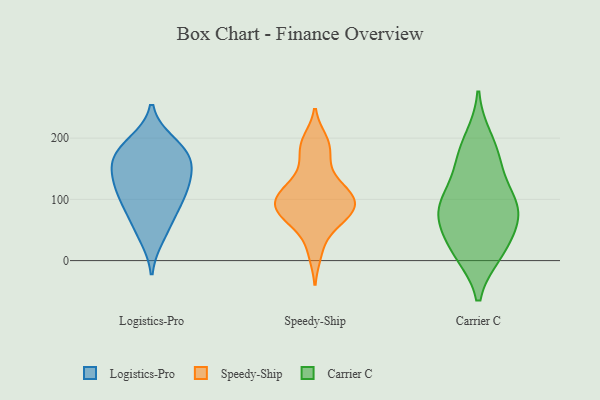
{"axis": {"x": "Churn Rate (%)", "y": "Value"}, "legend": ["Carrier C", "Logistics-Pro", "Speedy-Ship"], "data": [{"x": "", "y": 91, "type": "Logistics-Pro"}, {"x": "", "y": 176, "type": "Logistics-Pro"}, {"x": "", "y": 182, "type": "Logistics-Pro"}, {"x": "", "y": 119, "type": "Logistics-Pro"}, {"x": "", "y": 149, "type": "Logistics-Pro"}, {"x": "", "y": 163, "type": "Logistics-Pro"}, {"x": "", "y": 40, "type": "Logistics-Pro"}, {"x": "", "y": 192, "type": "Logistics-Pro"}, {"x": "", "y": 119, "type": "Logistics-Pro"}, {"x": "", "y": 102, "type": "Logistics-Pro"}, {"x": "", "y": 149, "type": "Logistics-Pro"}, {"x": "", "y": 63, "type": "Logistics-Pro"}, {"x": "", "y": 78, "type": "Speedy-Ship"}, {"x": "", "y": 108, "type": "Speedy-Ship"}, {"x": "", "y": 197, "type": "Speedy-Ship"}, {"x": "", "y": 11, "type": "Speedy-Ship"}, {"x": "", "y": 83, "type": "Speedy-Ship"}, {"x": "", "y": 77, "type": "Speedy-Ship"}, {"x": "", "y": 147, "type": "Speedy-Ship"}, {"x": "", "y": 88, "type": "Speedy-Ship"}, {"x": "", "y": 67, "type": "Speedy-Ship"}, {"x": "", "y": 50, "type": "Speedy-Ship"}, {"x": "", "y": 172, "type": "Speedy-Ship"}, {"x": "", "y": 97, "type": "Speedy-Ship"}, {"x": "", "y": 112, "type": "Speedy-Ship"}, {"x": "", "y": 109, "type": "Speedy-Ship"}, {"x": "", "y": 191, "type": "Speedy-Ship"}, {"x": "", "y": 120, "type": "Speedy-Ship"}, {"x": "", "y": 88, "type": "Carrier C"}, {"x": "", "y": 13, "type": "Carrier C"}, {"x": "", "y": 164, "type": "Carrier C"}, {"x": "", "y": 69, "type": "Carrier C"}, {"x": "", "y": 163, "type": "Carrier C"}, {"x": "", "y": 71, "type": "Carrier C"}, {"x": "", "y": 112, "type": "Carrier C"}, {"x": "", "y": 20, "type": "Carrier C"}, {"x": "", "y": 198, "type": "Carrier C"}, {"x": "", "y": 16, "type": "Carrier C"}, {"x": "", "y": 95, "type": "Carrier C"}, {"x": "", "y": 75, "type": "Carrier C"}]}